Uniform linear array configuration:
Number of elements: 8
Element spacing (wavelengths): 1
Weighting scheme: hann
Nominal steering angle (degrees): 0
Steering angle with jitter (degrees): -0.9491
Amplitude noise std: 0.05
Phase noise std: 0.05

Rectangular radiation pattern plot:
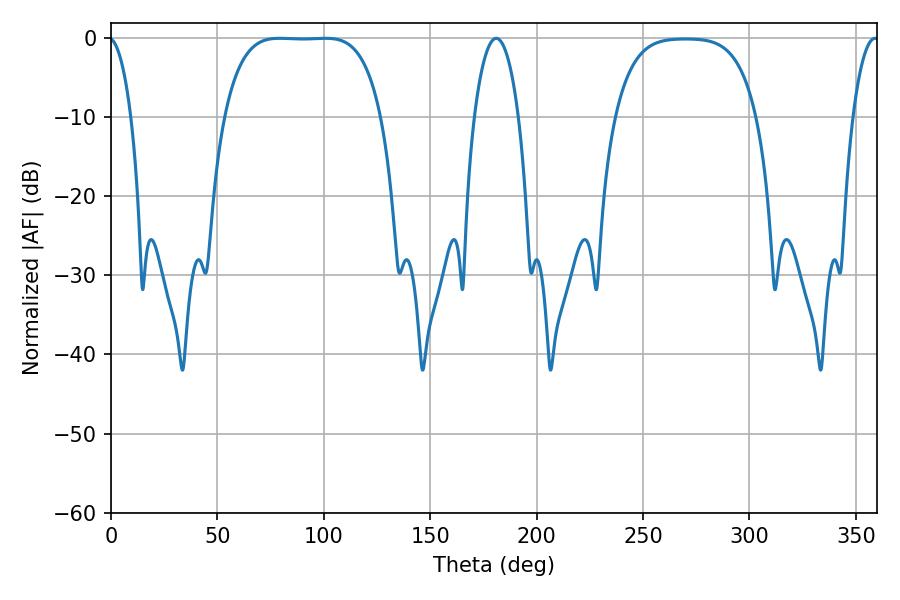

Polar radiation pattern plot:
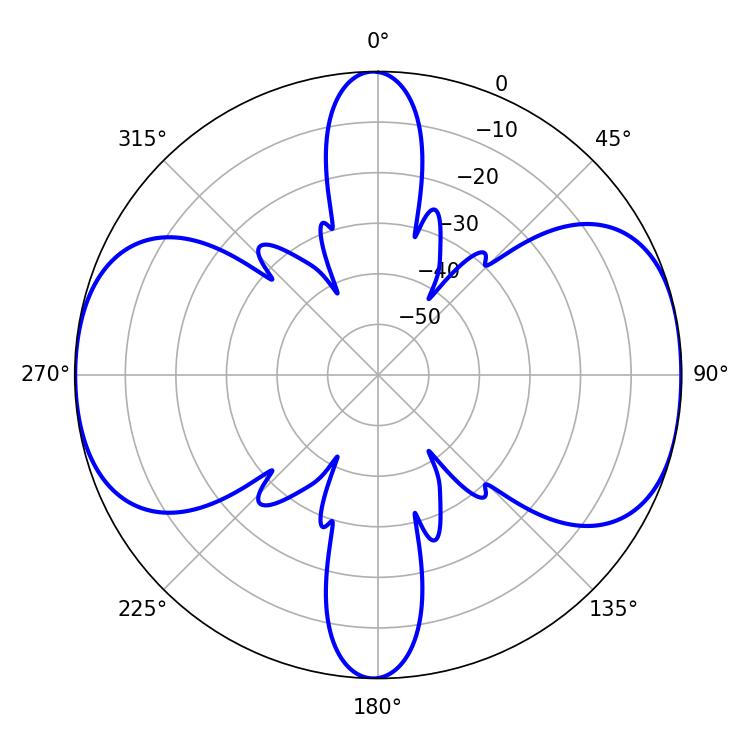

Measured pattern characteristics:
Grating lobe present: TRUE
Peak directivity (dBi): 11.147
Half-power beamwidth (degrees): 56.88
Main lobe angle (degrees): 79.2